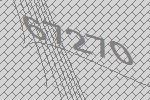
67270